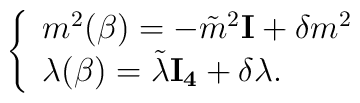
\left\{\begin{array}{ll}m^{2}(\beta)=-\tilde{m}^{2}{\bf I}+\delta m^{2} \\\lambda(\beta)=\tilde{\lambda}{\bf I_{4}}+\delta \lambda.\end{array} \right.